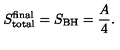
S _ { \mathrm { t o t a l } } ^ { \mathrm { f i n a l } } = S _ { \mathrm { B H } } = \frac { A } { 4 } .